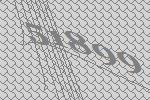
51899